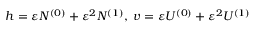
h = \varepsilon N ^ { ( 0 ) } + \varepsilon ^ { 2 } N ^ { ( 1 ) } , \; v = \varepsilon U ^ { ( 0 ) } + \varepsilon ^ { 2 } U ^ { ( 1 ) }